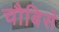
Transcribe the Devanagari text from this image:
चौबिसे